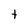
Character: t